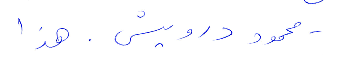
محمود درويش. هذا